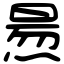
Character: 𤋁